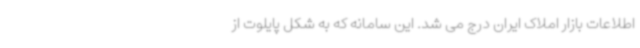
اطلاعات بازار املاک ایران درج می شد. این سامانه که به شکل پایلوت از